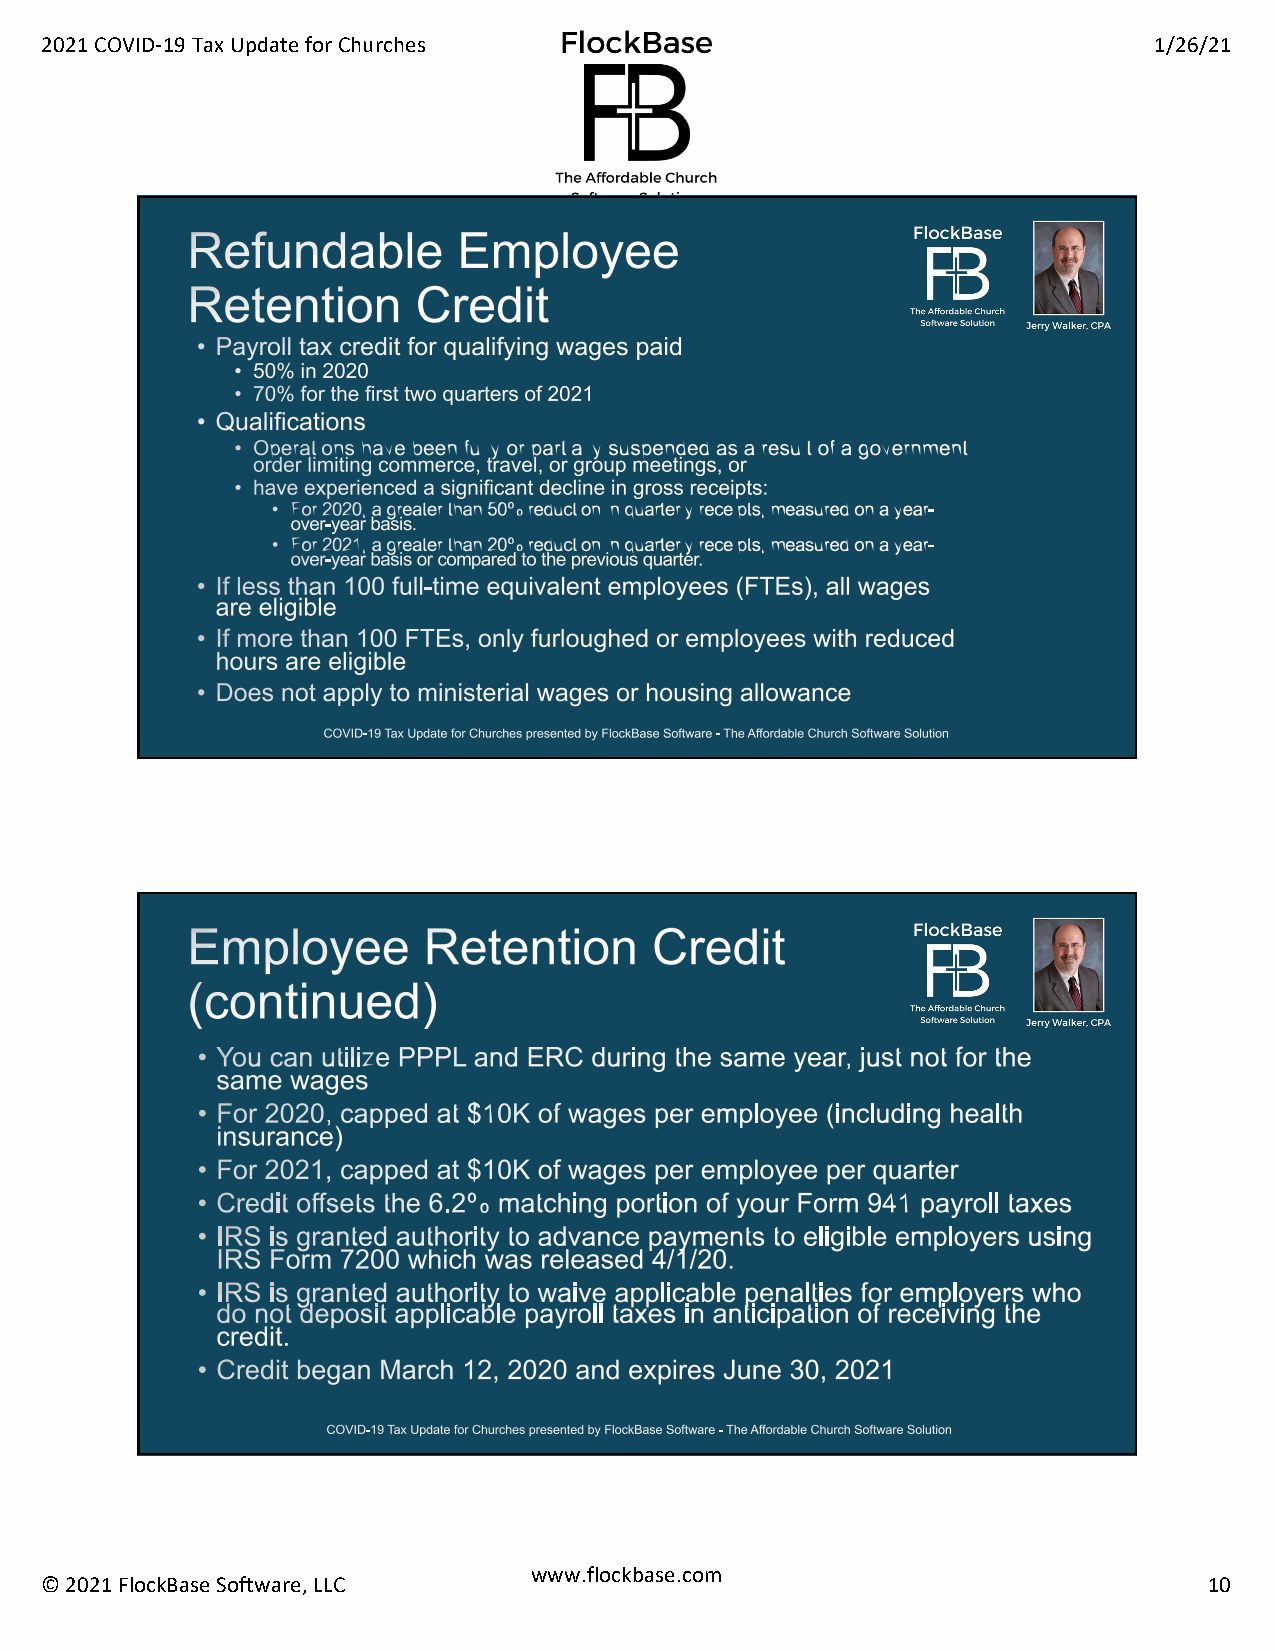
2021 COVID-19 Tax Update for Churches                                    1/26/21
 www.flockbase.com
 © 2021 FlockBase Software, LLC                                               10